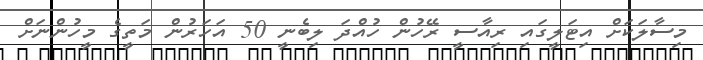
މިސާލަކަށް އިޓަލީގައި ރިއާސީ ރޭހުން ހުއްދަ ލިބެނީ 50 އަހަރުން މަތީގެ މީހުންނަށް